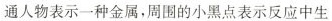
通人物表示一种金属，周围的小黑点表示反应中生